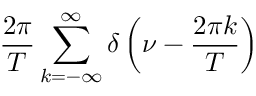
{ \frac { 2 \pi } { T } } \sum _ { k = - \infty } ^ { \infty } \delta \left( \nu - { \frac { 2 \pi k } { T } } \right)